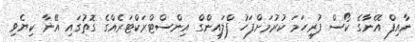
ނާއިފް އޭނާގެ ކޯސް ފުރިހަމަ ކުރުމަށްފަހު ފްލައިންގް އިންސްޓްރަކްޓަރެއްގެ ގޮތުގައި އޭނާ ކިޔެވި